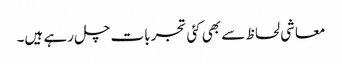
معاشی لحاظ سے بھی کئی تجربات چل رہے ہیں۔